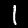
Label: 1